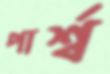
পার্শ্ব